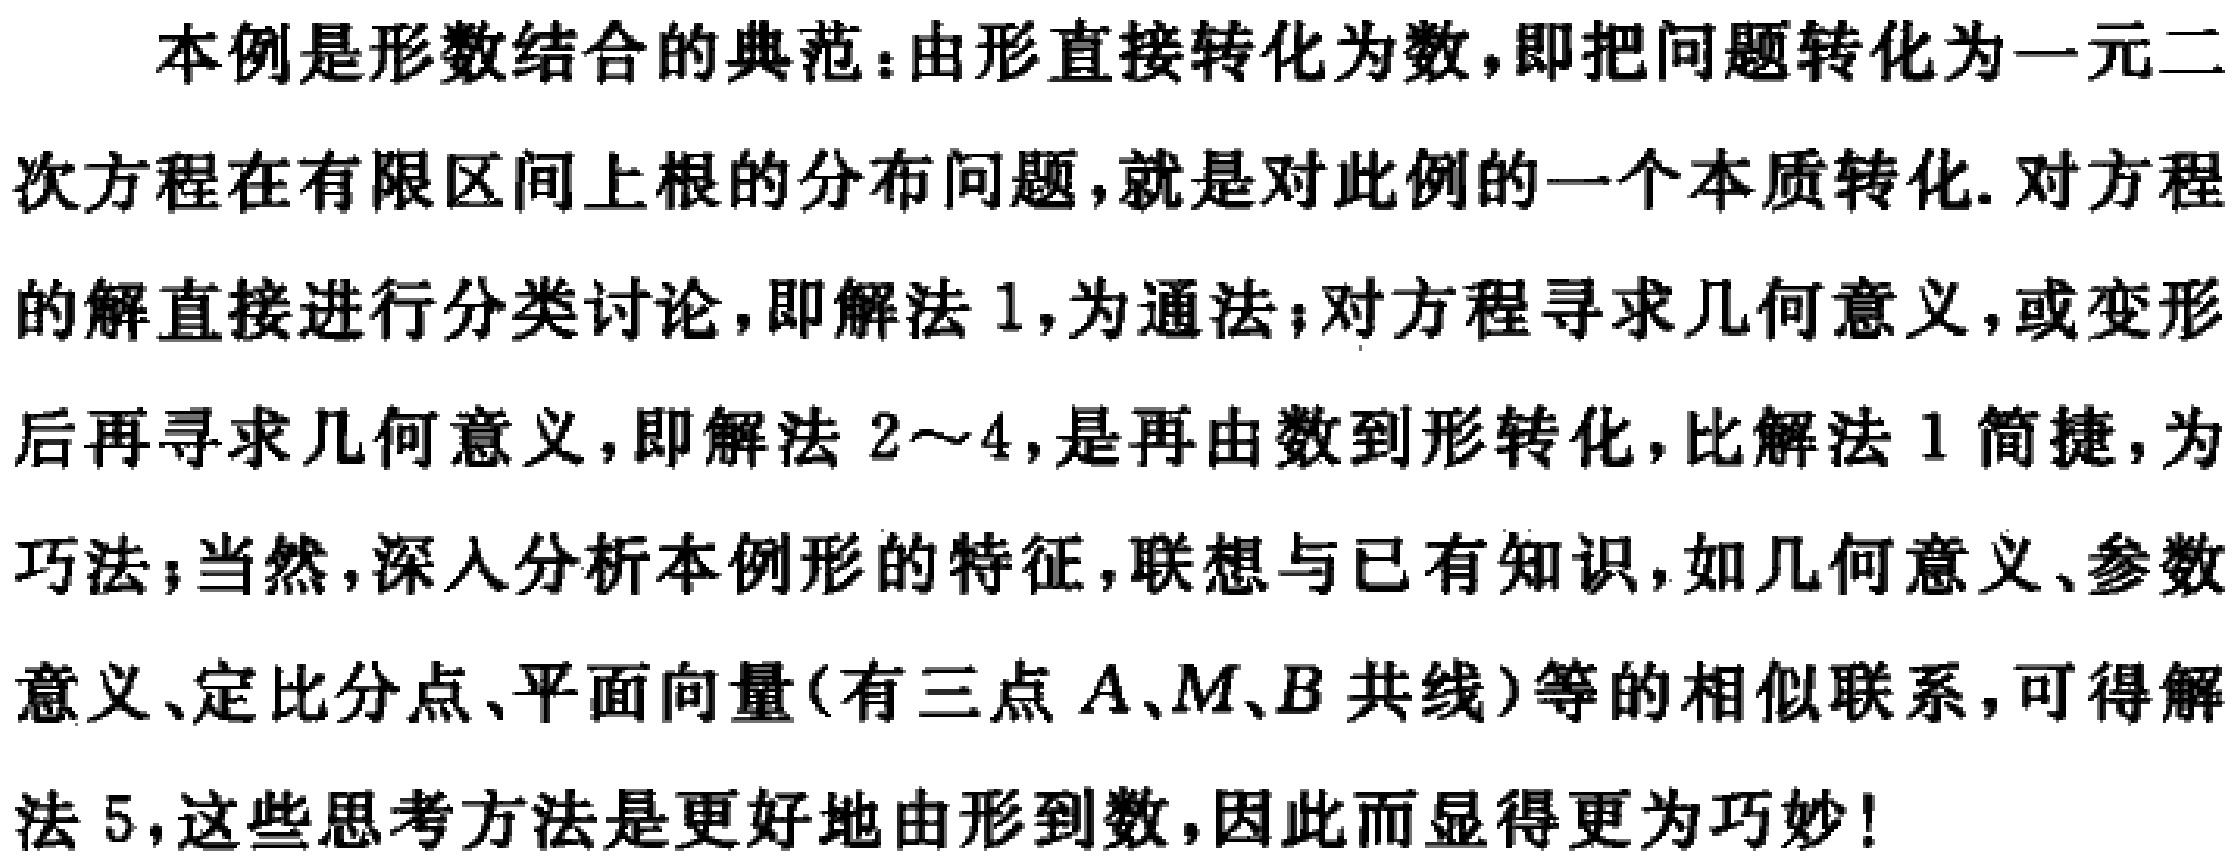
本例是形数结合的典范：由形直接转化为数，即把问题转化为一元二次方程在有限区间上根的分布问题，就是对此例的一个本质转化. 对方程的解直接进行分类讨论，即解法 1，为通法；对方程寻求几何意义，或变形后再寻求几何意义，即解法 2～4，是再由数到形转化，比解法 1 简捷，为巧法；当然，深入分析本例形的特征，联想与已有知识，如几何意义、参数意义、定比分点、平面向量(有三点 \(A、M、B\) 共线)等的相似联系，可得解法 5，这些思考方法是更好地由形到数，因此而显得更为巧妙！